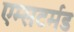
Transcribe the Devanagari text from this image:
एम्सटर्मड